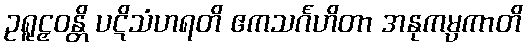
ဥရူဠှဝန္တိ ပဋိသံဟရတိ ဧကသင်္ဂဟိတာ အနုကမ္ပကာတိ